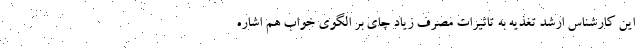
این کارشناس ارشد تغذیه به تاثیرات مصرف زیاد چای بر الگوی خواب هم اشاره